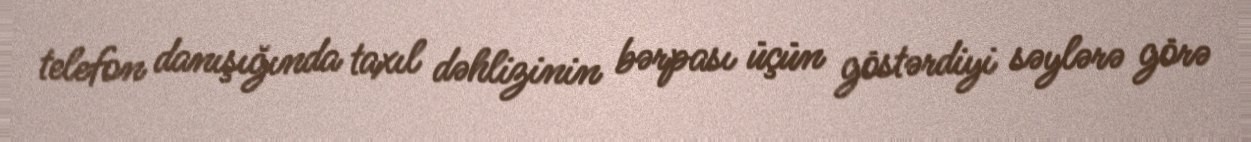
telefon danışığında taxıl dəhlizinin bərpası üçün göstərdiyi səylərə görə